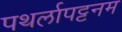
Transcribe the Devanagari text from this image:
पथर्लापट्टनम